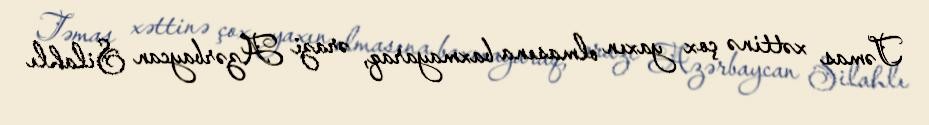
Təmas xəttinə çox yaxın olmasına baxmayaraq, ərazi Azərbaycan Silahlı